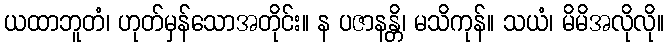
ယထာဘူတံ၊ ဟုတ်မှန်သောအတိုင်း။ န ပဇာနန္တိ၊ မသိကုန်။ သယံ၊ မိမိအလိုလို။